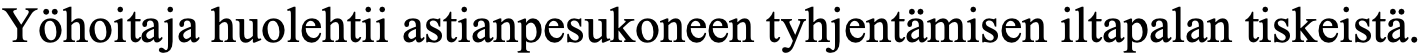
Yöhoitaja huolehtii astianpesukoneen tyhjentämisen iltapalan tiskeistä.